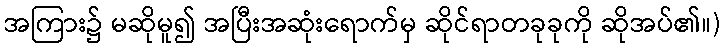
အကြား၌ မဆိုမူ၍ အပြီးအဆုံးရောက်မှ ဆိုင်ရာတခုခုကို ဆိုအပ်၏။)